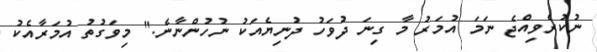
ނުކުރެވިއްޖެ ނަމަ އުމަރު މާ ގިނަ ދުވަހު ދުނިޔެއަކު ނުހުންނާނެ." މިވަގުތު އުމަރާއެކު